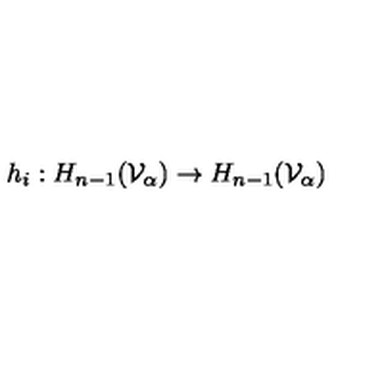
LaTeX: h _ { i } : H _ { n - 1 } ( { \cal V } _ { \alpha } ) \rightarrow H _ { n - 1 } ( { \cal V } _ { \alpha } )